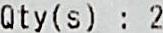
QTY(S) : 2